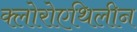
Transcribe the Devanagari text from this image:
क्लोरोएथिलीन